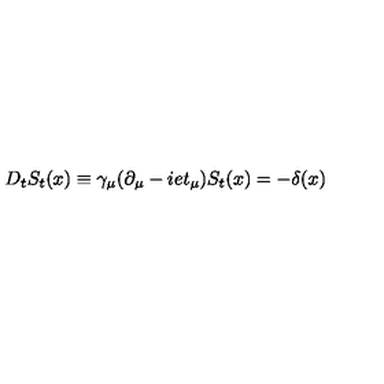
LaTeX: D _ { t } S _ { t } ( x ) \equiv \gamma _ { \mu } ( \partial _ { \mu } - i e t _ { \mu } ) S _ { t } ( x ) = - \delta ( x )